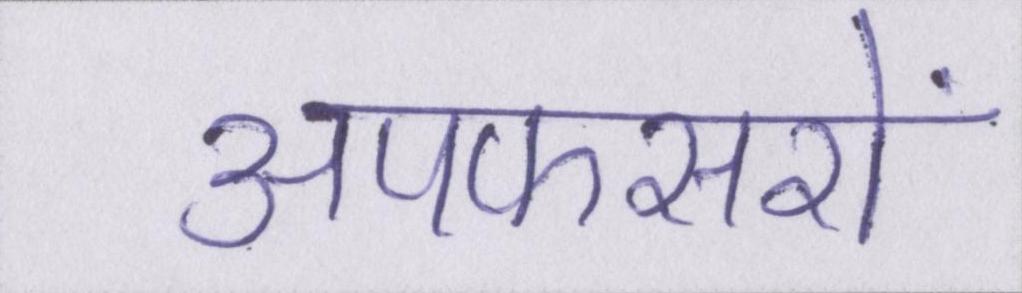
अपफसरों